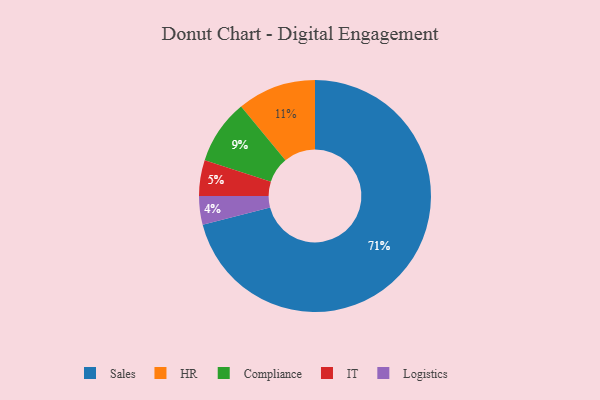
{"axis": {"x": "Category", "y": "Percentage"}, "legend": ["Compliance", "HR", "IT", "Logistics", "Sales"], "data": [{"x": "Logistics", "y": 4, "type": "Logistics"}, {"x": "HR", "y": 11, "type": "HR"}, {"x": "IT", "y": 5, "type": "IT"}, {"x": "Compliance", "y": 9, "type": "Compliance"}, {"x": "Sales", "y": 71, "type": "Sales"}]}